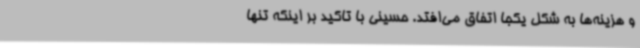
و هزینه‌ها به شکل یکجا اتفاق می‌افتد. حسینی با تاکید بر اینکه تنها